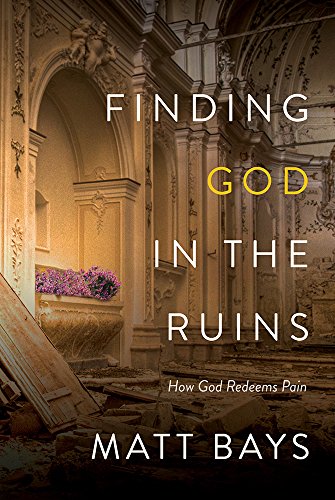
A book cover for Finding God in the Ruins: How God Redeems Pain; Matt Bays; Parenting & Relationships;